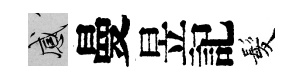
感曼昱記髪